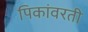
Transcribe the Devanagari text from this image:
पिकांवरती